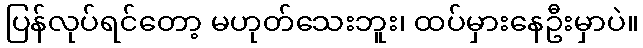
ပြန်လုပ်ရင်တော့ မဟုတ်သေးဘူး၊ ထပ်မှားနေဦးမှာပဲ။